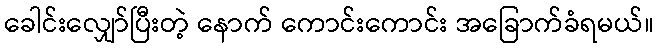
ခေါင်းလျှော်ပြီးတဲ့ နောက် ကောင်းကောင်း အခြောက်ခံရမယ်။